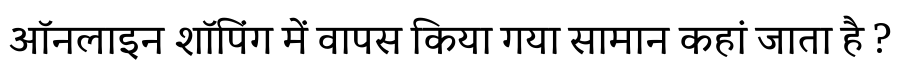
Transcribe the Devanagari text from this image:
ऑनलाइन शॉपिंग में वापस किया गया सामान कहां जाता है ?